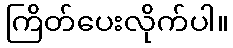
ကြိတ်ပေးလိုက်ပါ။